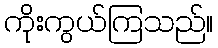
ကိုးကွယ်ကြသည်။